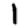
Digit: 1